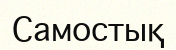
Самостық